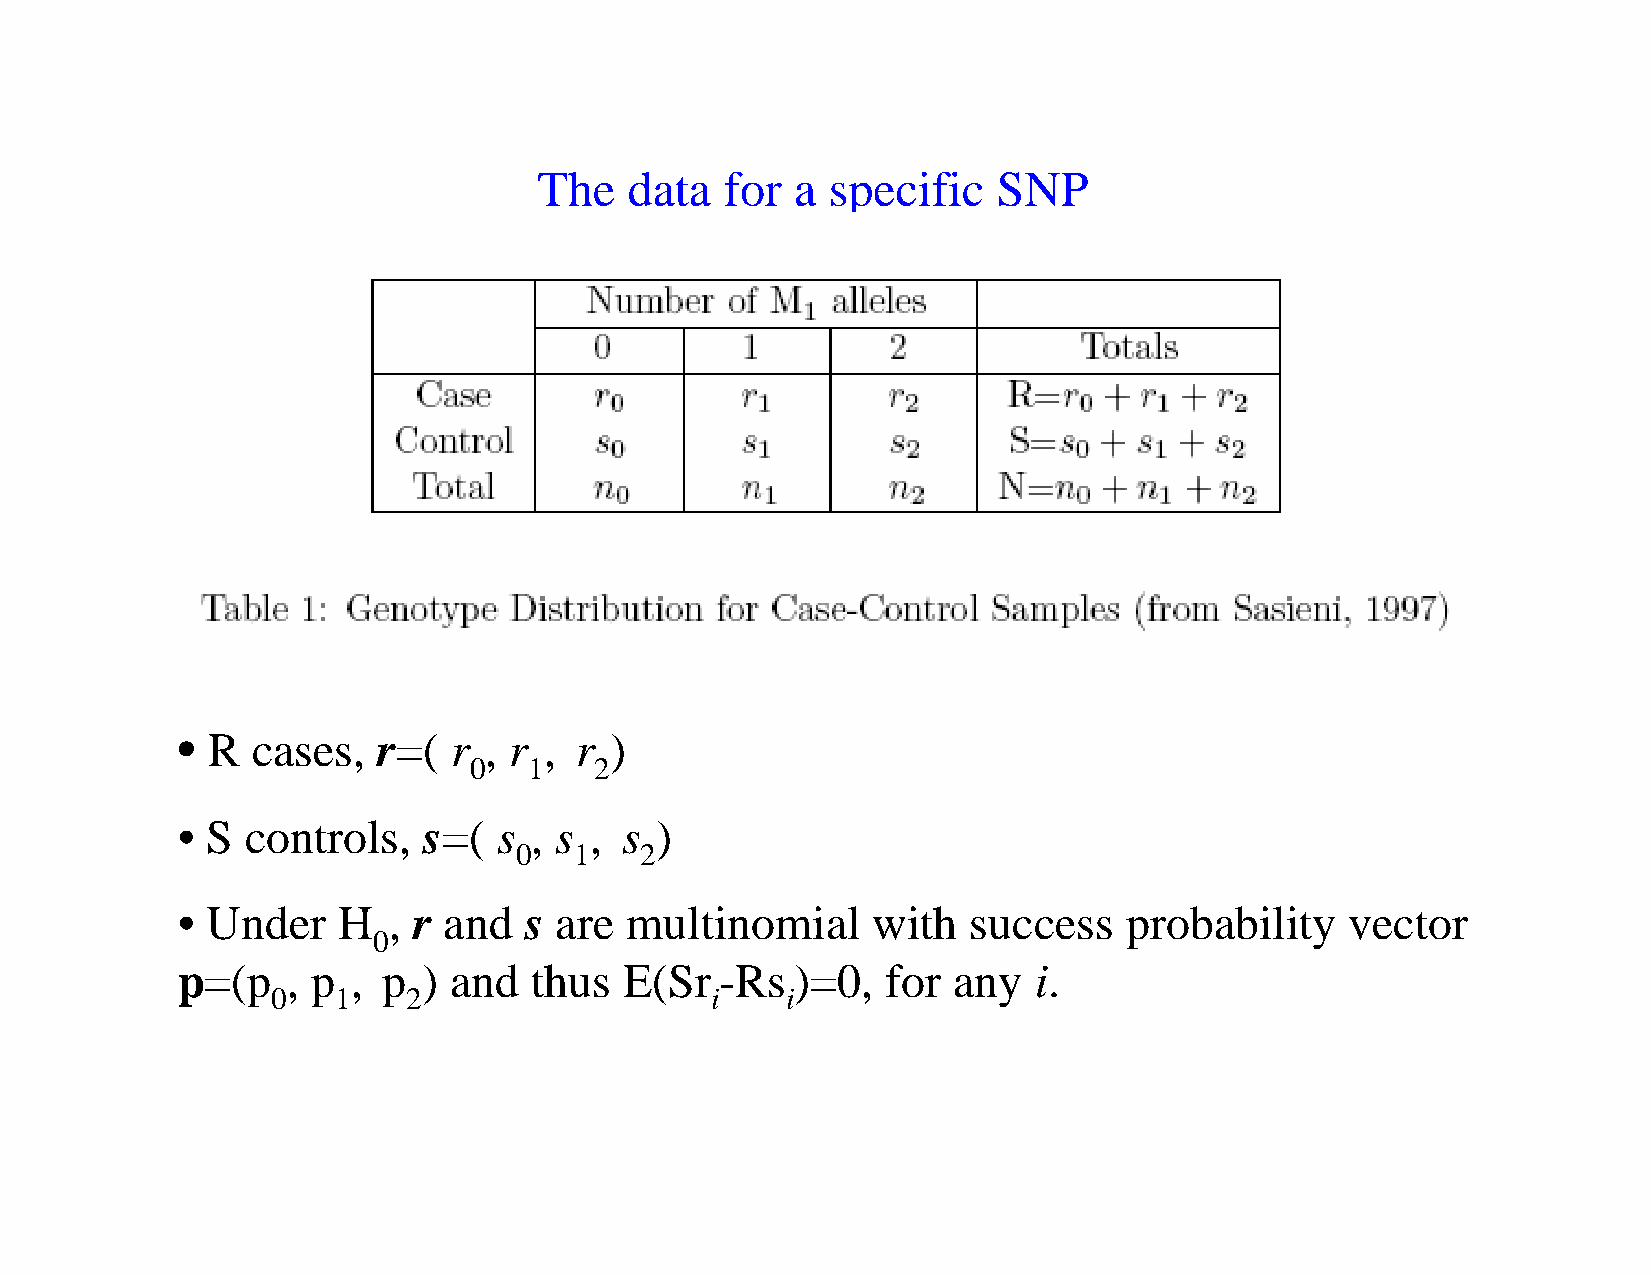
The   data  for  a specific   SNP
 • R  cases,  r=(  r , r , r )
 0   1   2
 • S controls,   s=(  s , s , s )
 0   1   2
 • Under   H   , r and  s are multinomial      with  success   probability    vector
 0
 p=(p   , p , p  ) and  thus  E(Sr   -Rs  )=0,  for any  i.
 0   1    2                   i    i